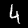
Digit: 4